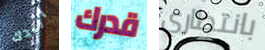
اريدك قدرك بانتظاري